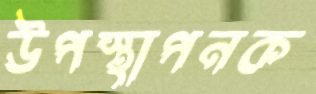
উপস্থাপনক